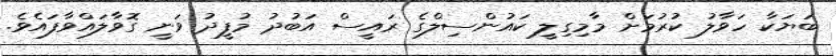
ބަޔަކާ ހަވާލު ކުރުމަށް މާމިގިލީ ކައުންސިލްގެ ރައީސް އަބުދު މުފީދު ވަނީ ގޮވާލައްވާފައެވެ.